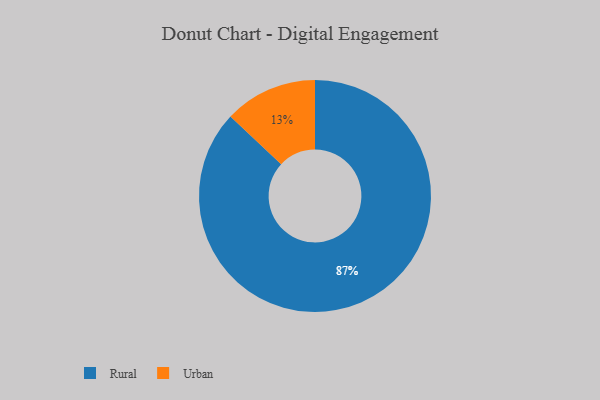
{"axis": {"x": "Category", "y": "Percentage"}, "legend": ["Rural", "Urban"], "data": [{"x": "Rural", "y": 87, "type": "Rural"}, {"x": "Urban", "y": 13, "type": "Urban"}]}